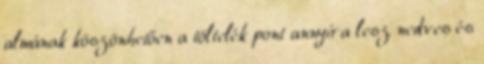
almának köszönhetően a töltelék pont annyira lesz nedves és